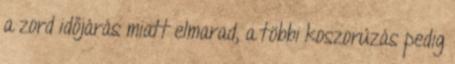
a zord időjárás miatt elmarad, a többi koszorúzás pedig